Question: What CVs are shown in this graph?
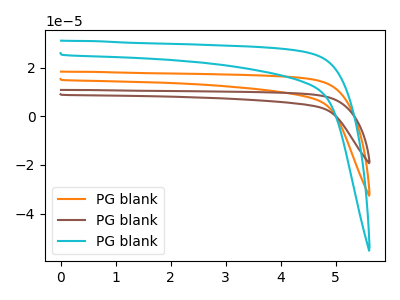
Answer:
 <answer>The orange curve is labeled "PG blank1". The brown curve is labeled "PG blank2". The cyan curve is labeled "PG blank3".</answer>
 <eval></eval>